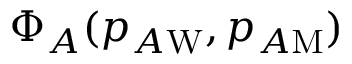
\Phi _ { A } ( p _ { A \mathrm { W } } , p _ { A \mathrm { M } } )